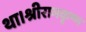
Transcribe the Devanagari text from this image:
था।श्रीरामकृष्ण